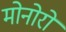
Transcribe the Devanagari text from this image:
मोनोरो